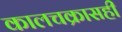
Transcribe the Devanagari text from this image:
कालचक्रासही